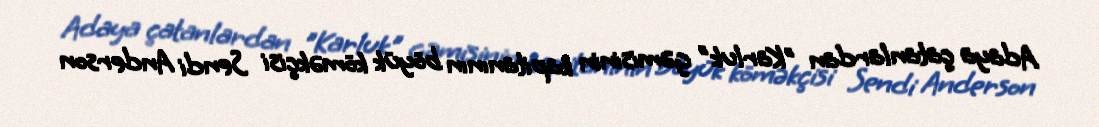
Adaya çatanlardan "Karluk" gəmisinin kapitanının böyük köməkçisi Sendi Anderson